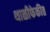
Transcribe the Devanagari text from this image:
थाळीफेकीत